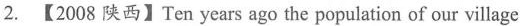
2.【2008 陕西】Ten years ago the population of our village